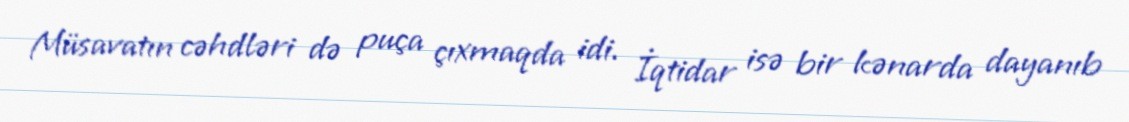
Müsavatın cəhdləri də puça çıxmaqda idi. İqtidar isə bir kənarda dayanıb